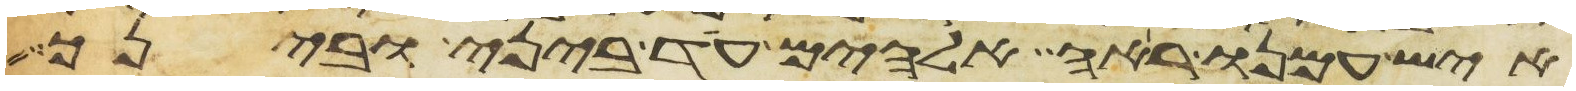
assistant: איש עמנו ראה אלהים עד ביני ובינך